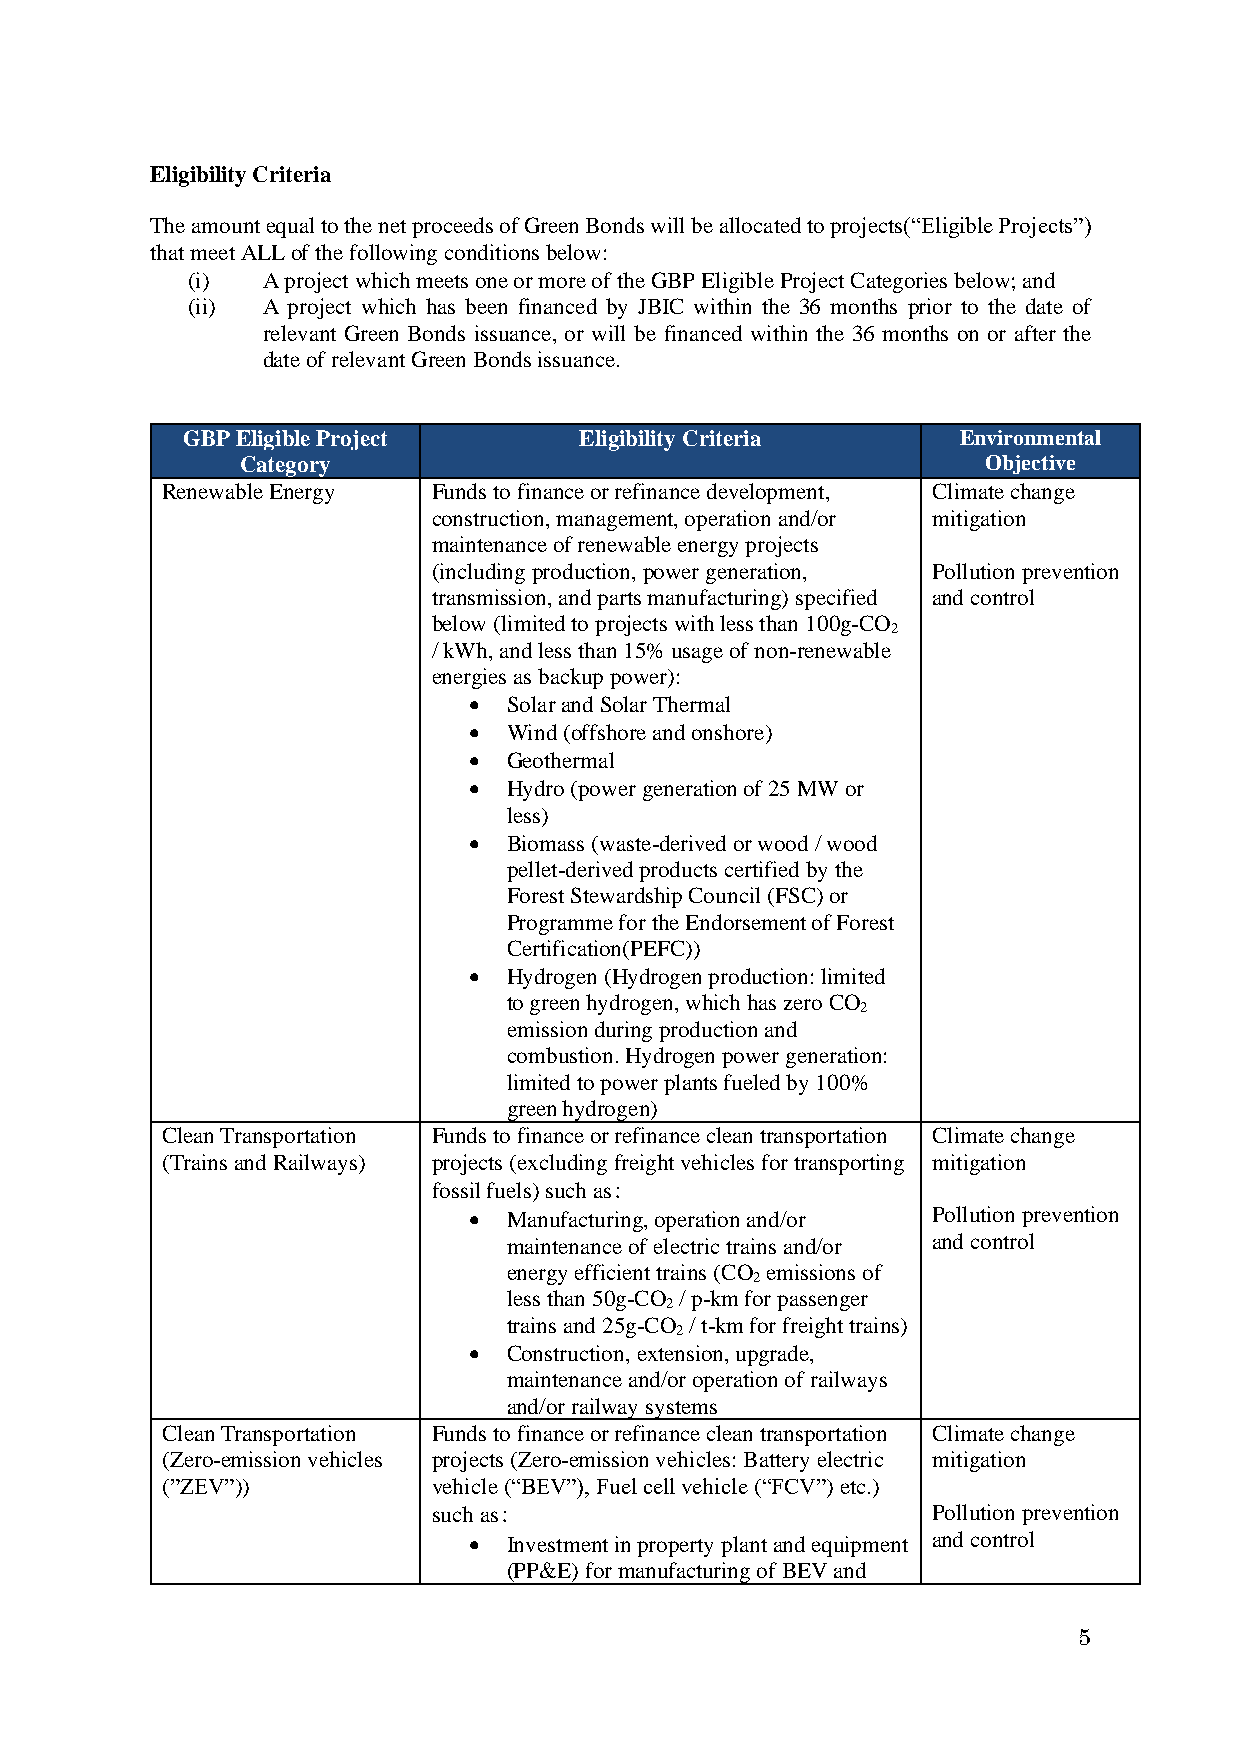
Eligibility Criteria
 The amount equal to the net proceeds of Green Bonds will be allocated to projects(“Eligible Projects”)
 that meet ALL of the following conditions below:
 (i)  A project which meets one or more of the GBP Eligible Project Categories below; and
 (ii) A project which has been financed by JBIC within the 36 months prior to the date of
 relevant Green Bonds issuance, or will be financed within the 36 months on or after the
 date of relevant Green Bonds issuance.
 GBP Eligible Project      Eligibility Criteria      Environmental
 Category                                         Objective
 Renewable Energy  Funds to finance or refinance development, Climate change
 construction, management, operation and/or mitigation
 maintenance of renewable energy projects
 (including production, power generation, Pollution prevention
 transmission, and parts manufacturing) specified and control
 below (limited to projects with less than 100g-CO
 2
 / kWh, and less than 15% usage of non-renewable
 energies as backup power):
 •  Solar and Solar Thermal
 •  Wind (offshore and onshore)
 •  Geothermal
 •  Hydro (power generation of 25 MW or
 less)
 •  Biomass (waste-derived or wood / wood
 pellet-derived products certified by the
 Forest Stewardship Council (FSC) or
 Programme for the Endorsement of Forest
 Certification(PEFC))
 •  Hydrogen (Hydrogen production: limited
 to green hydrogen, which has zero CO
 2
 emission during production and
 combustion. Hydrogen power generation:
 limited to power plants fueled by 100%
 green hydrogen)
 Clean Transportation Funds to finance or refinance clean transportation Climate change
 (Trains and Railways) projects (excluding freight vehicles for transporting mitigation
 fossil fuels) such as：
 •  Manufacturing, operation and/or Pollution prevention
 maintenance of electric trains and/or and control
 energy efficient trains (CO emissions of
 2
 less than 50g-CO / p-km for passenger
 2
 trains and 25g-CO / t-km for freight trains)
 2
 •  Construction, extension, upgrade,
 maintenance and/or operation of railways
 and/or railway systems
 Clean Transportation Funds to finance or refinance clean transportation Climate change
 (Zero-emission vehicles projects (Zero-emission vehicles: Battery electric mitigation
 (”ZEV”))          vehicle (“BEV”), Fuel cell vehicle (“FCV”) etc.)
 such as：                         Pollution prevention
 •  Investment in property plant and equipment and control
 (PP&E) for manufacturing of BEV and
 5